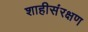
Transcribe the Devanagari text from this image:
शाहीसंरक्षण